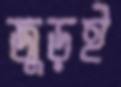
জুড়ই